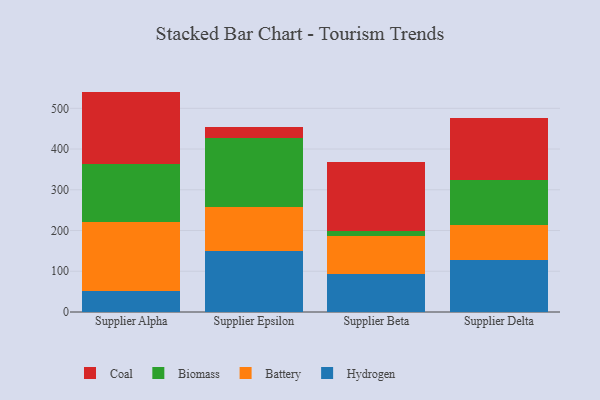
{"axis": {"x": "Supplier", "y": "Net Income (USD K)"}, "legend": ["Battery", "Biomass", "Coal", "Hydrogen"], "data": [{"x": "Supplier Alpha", "y": 51.8, "type": "Hydrogen"}, {"x": "Supplier Alpha", "y": 169.4, "type": "Battery"}, {"x": "Supplier Alpha", "y": 141.5, "type": "Biomass"}, {"x": "Supplier Alpha", "y": 178.3, "type": "Coal"}, {"x": "Supplier Epsilon", "y": 149.3, "type": "Hydrogen"}, {"x": "Supplier Epsilon", "y": 108.5, "type": "Battery"}, {"x": "Supplier Epsilon", "y": 168.4, "type": "Biomass"}, {"x": "Supplier Epsilon", "y": 28.9, "type": "Coal"}, {"x": "Supplier Beta", "y": 93.7, "type": "Hydrogen"}, {"x": "Supplier Beta", "y": 93.2, "type": "Battery"}, {"x": "Supplier Beta", "y": 11.9, "type": "Biomass"}, {"x": "Supplier Beta", "y": 170.0, "type": "Coal"}, {"x": "Supplier Delta", "y": 127.4, "type": "Hydrogen"}, {"x": "Supplier Delta", "y": 86.9, "type": "Battery"}, {"x": "Supplier Delta", "y": 110.8, "type": "Biomass"}, {"x": "Supplier Delta", "y": 149.9, "type": "Coal"}]}